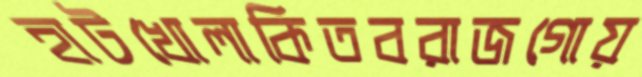
হাটখোলাকিতবরাজগোয়